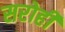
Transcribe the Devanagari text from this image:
सरोही